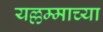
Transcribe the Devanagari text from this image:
यल्लम्माच्या